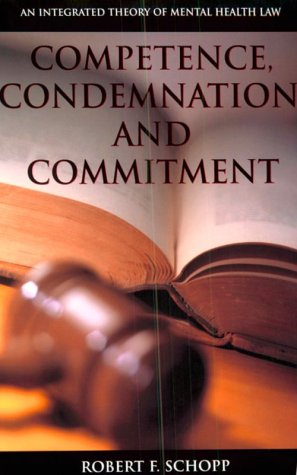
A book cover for Competence, Condemnation, and Commitment: An Integrated Theory of Mental Health Law (Law and Public Policy: Psychology and the Social Sciences); Robert F. Schopp; Law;